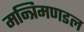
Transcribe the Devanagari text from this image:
मन्त्रिमणडल